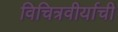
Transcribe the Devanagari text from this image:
विचित्रवीर्याची